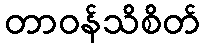
တာဝန်သိစိတ်